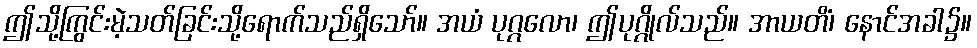
ဤသို့ကြွင်းမဲ့သတ်ခြင်းသို့ရောက်သည်ရှိသော်။ အယံ ပုဂ္ဂလော၊ ဤပုဂ္ဂိုလ်သည်။ အာယတိံ၊ နောင်အခါ၌။